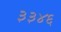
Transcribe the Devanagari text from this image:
३३४६